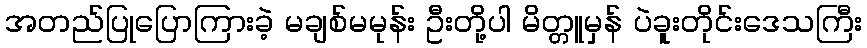
အတည်ပြုပြောကြားခဲ့ မချစ်မမုန်း ဦးတို့ပါ မိတ္တူမှန် ပဲခူးတိုင်းဒေသကြီး